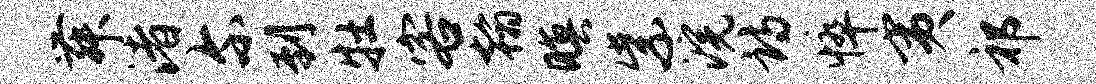
舞渚尔到牡客翰暝紫浣诗悴夷祁